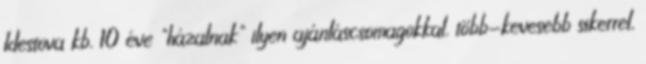
Idestova kb. 10 éve "házalnak" ilyen ajánláscsomagokkal, több-kevesebb sikerrel,